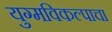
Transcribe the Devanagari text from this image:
युग्मविकल्पाचा